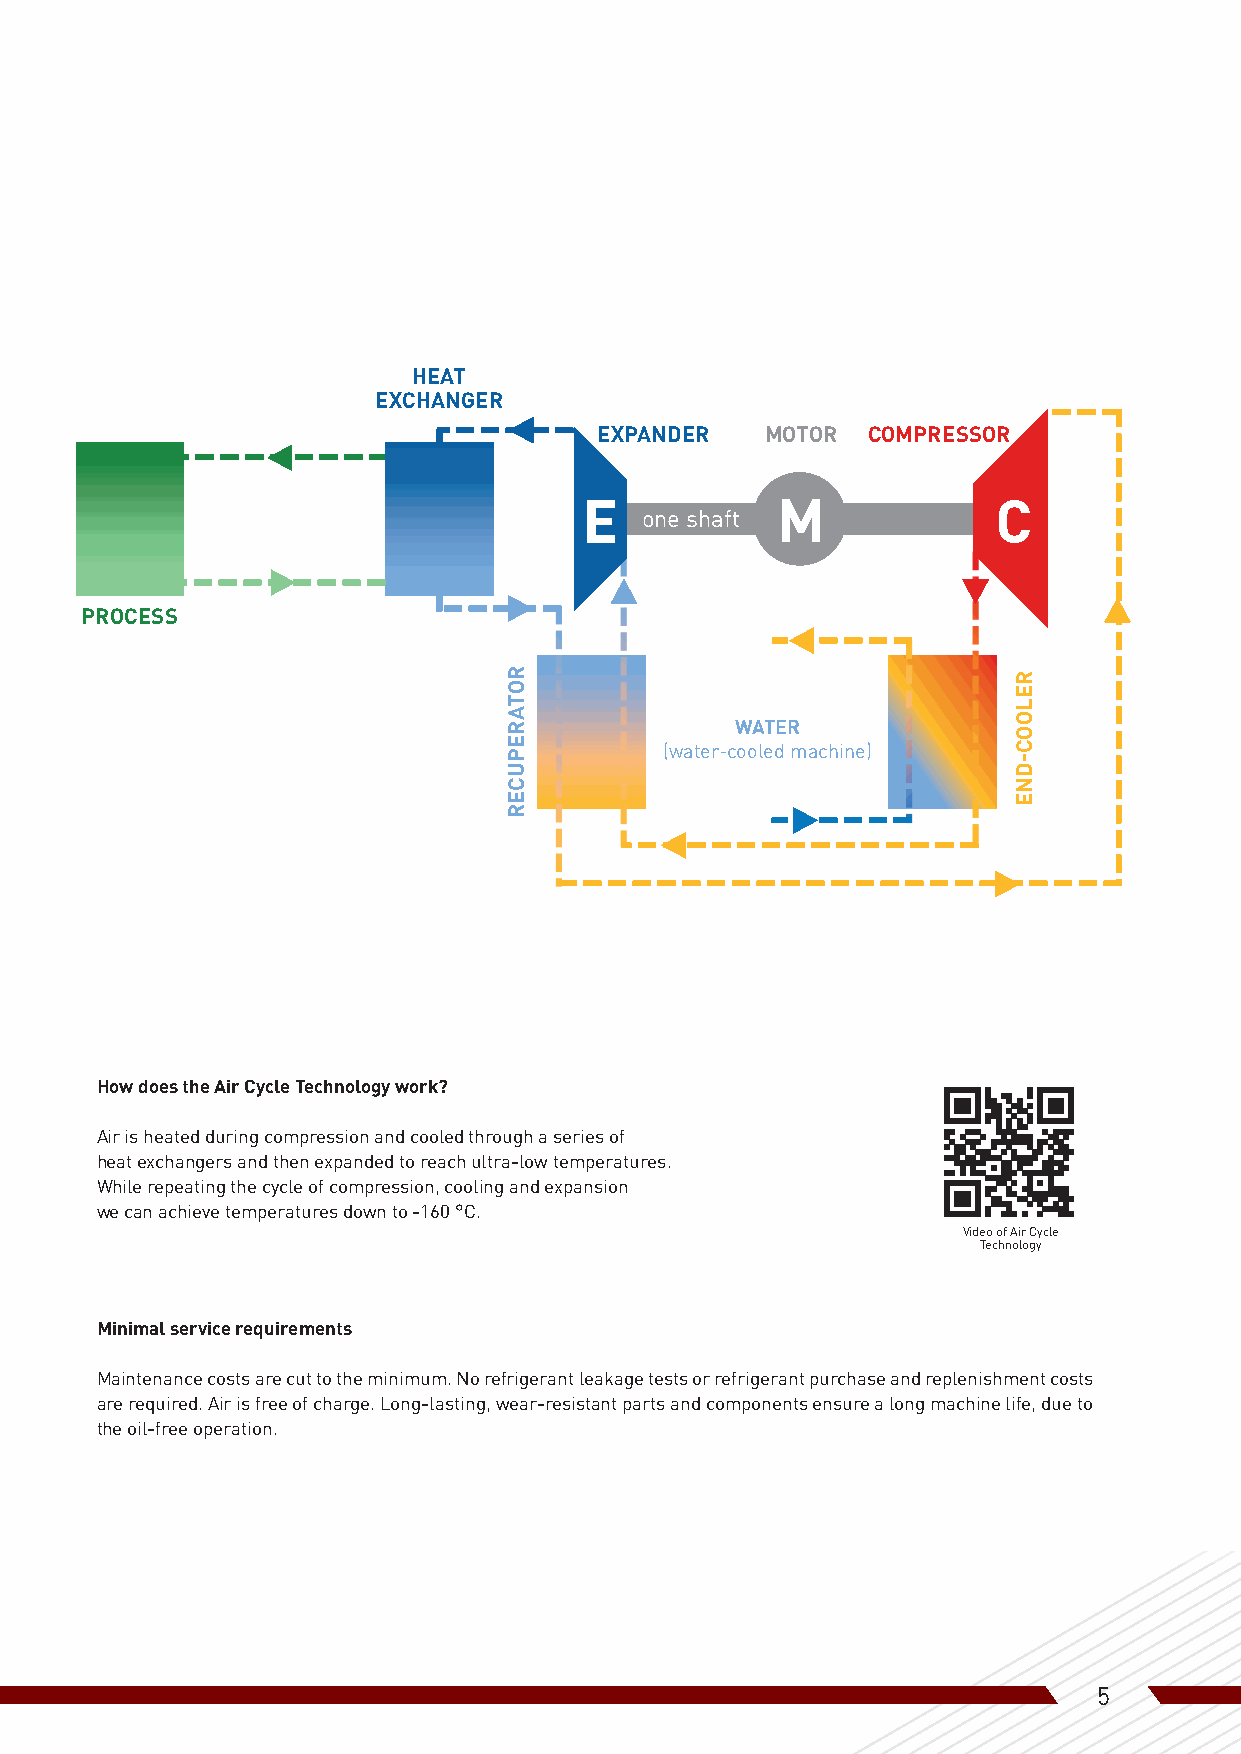
HEAT
 EXCHANGER
 EXPANDER   MOTOR COMPRESSOR
 E           M              C
 one shaft
 PROCESS
 WATER
 (water-cooled machine)
 How does the Air Cycle Technology work?
 Air is heated during compression and cooled through a series of
 heat exchangers and then expanded to reach ultra-low temperatures.
 While repeating the cycle of compression, cooling and expansion
 we can achieve temperatures down to -160 °C.
 Video of Air Cycle
 Technology
 Minimal service requirements
 Maintenance costs are cut to the minimum. No refrigerant leakage tests or refrigerant purchase and replenishment costs
 are required. Air is free of charge. Long-lasting, wear-resistant parts and components ensure a long machine life, due to
 the oil-free operation.
 5
 ROTAREPUCER                      RELOOC-DNE